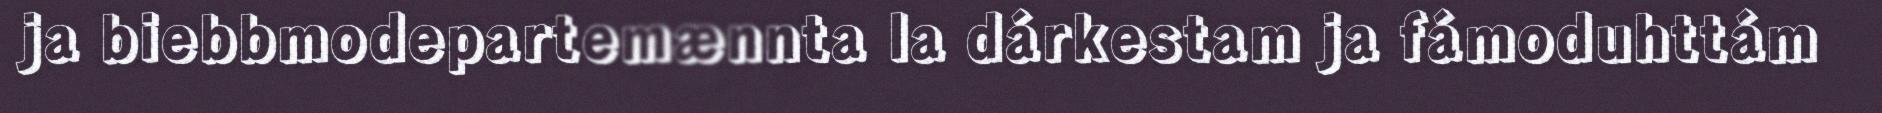
ja biebbmodepartemænnta la dárkestam ja fámoduhttám